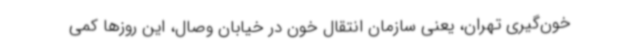
خون‌گیری تهران، یعنی سازمان انتقال خون در خیابان وصال، این روزها کمی